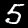
Digit: 5